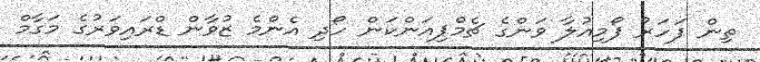
ތިން ފަހަރު ފޯމިއުލާ ވަންގެ ޗެމްޕިއަންކަން ހޯދި އެންމެ ޒުވާން ޑްރައިވަރުގެ މަގާމް